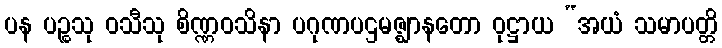
ပန ပဉ္စသု ဝသီသု စိဏ္ဏဝသိနာ ပဂုဏပဌမဇ္ဈာနတော ဝုဋ္ဌာယ “အယံ သမာပတ္တိ